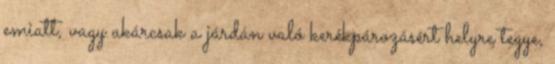
emiatt, vagy akárcsak a járdán való kerékpározásért helyre tegye,